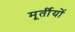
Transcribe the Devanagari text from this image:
मूर्तीयों